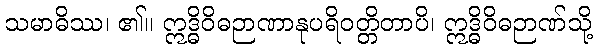
သမာဓိဿ၊ ၏။ ဣဒ္ဓိဝိဓဉာဏာနုပရိဝတ္တိတာပိ၊ ဣဒ္ဓိဝိဓဉာဏ်သို့